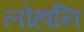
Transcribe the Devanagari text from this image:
लोहानि